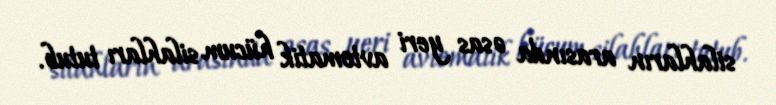
silahların arasında əsas yeri avtomatik hücum silahları tutub.